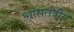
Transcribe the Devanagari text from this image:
श्वासतंत्रीय